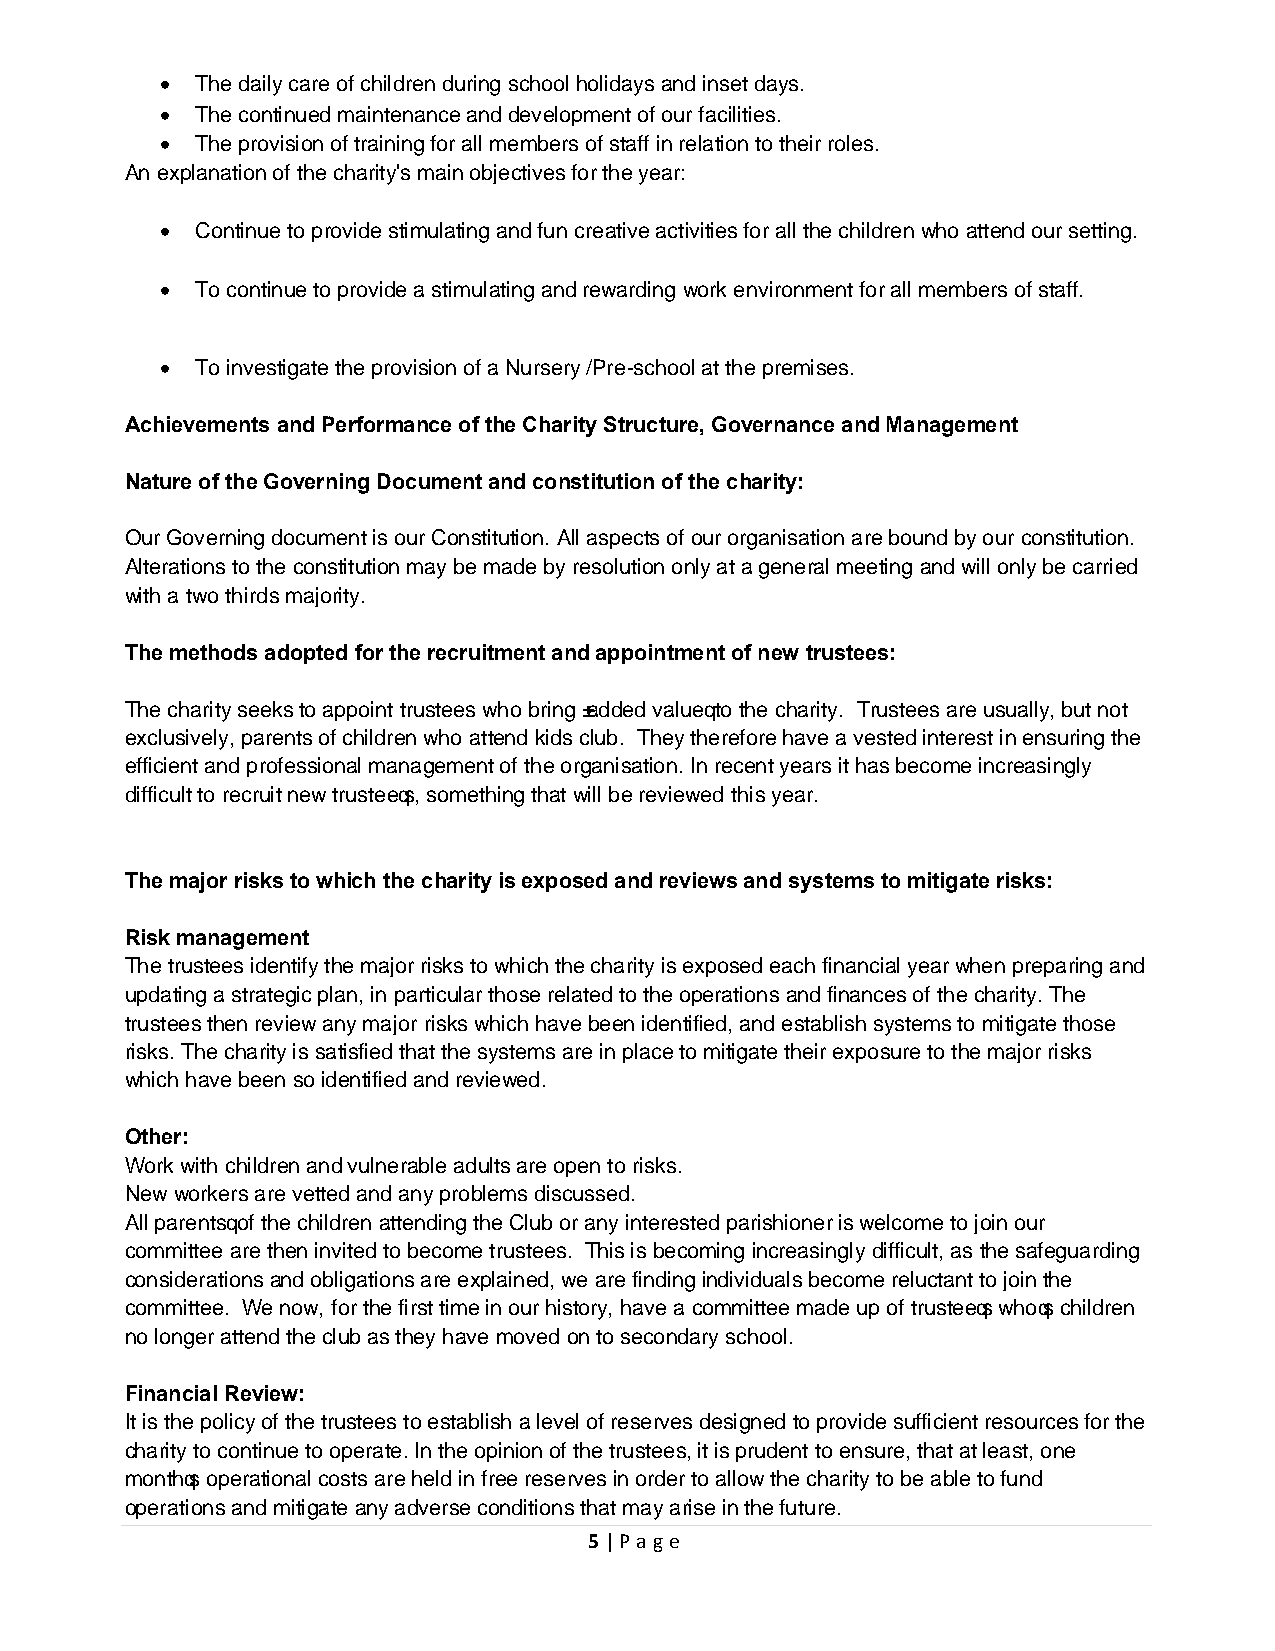
• The daily care of children during school holidays and inset days.
 • The continued maintenance and development of our facilities.
 • The provision of training for all members of staff in relation to their roles.
 An explanation of the charity's main objectives for the year:
 • Continue to provide stimulating and fun creative activities for all the children who attend our setting.
 • To continue to provide a stimulating and rewarding work environment for all members of staff.
 • To investigate the provision of a Nursery /Pre-school at the premises.
 Achievements and Performance of the Charity Structure, Governance and Management
 Nature of the Governing Document and constitution of the charity:
 Our Governing document is our Constitution. All aspects of our organisation are bound by our constitution.
 Alterations to the constitution may be made by resolution only at a general meeting and will only be carried
 with a two thirds majority.
 The methods adopted for the recruitment and appointment of new trustees:
 The charity seeks to appoint trustees who bring ‘added value’ to the charity. Trustees are usually, but not
 exclusively, parents of children who attend kids club. They therefore have a vested interest in ensuring the
 efficient and professional management of the organisation. In recent years it has become increasingly
 difficult to recruit new trustee’s, something that will be reviewed this year.
 The major risks to which the charity is exposed and reviews and systems to mitigate risks:
 Risk management
 The trustees identify the major risks to which the charity is exposed each financial year when preparing and
 updating a strategic plan, in particular those related to the operations and finances of the charity. The
 trustees then review any major risks which have been identified, and establish systems to mitigate those
 risks. The charity is satisfied that the systems are in place to mitigate their exposure to the major risks
 which have been so identified and reviewed.
 Other:
 Work with children and vulnerable adults are open to risks.
 New workers are vetted and any problems discussed.
 All parents’ of the children attending the Club or any interested parishioner is welcome to join our
 committee are then invited to become trustees. This is becoming increasingly difficult, as the safeguarding
 considerations and obligations are explained, we are finding individuals become reluctant to join the
 committee. We now, for the first time in our history, have a committee made up of trustee’s who’s children
 no longer attend the club as they have moved on to secondary school.
 Financial Review:
 It is the policy of the trustees to establish a level of reserves designed to provide sufficient resources for the
 charity to continue to operate. In the opinion of the trustees, it is prudent to ensure, that at least, one
 month’s operational costs are held in free reserves in order to allow the charity to be able to fund
 operations and mitigate any adverse conditions that may arise in the future.
 5 | Page